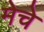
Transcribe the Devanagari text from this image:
मेचे